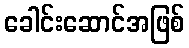
ခေါင်းဆောင်အဖြစ်